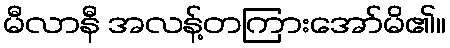
မီလာနီ အလန့်တကြားအော်မိ၏။